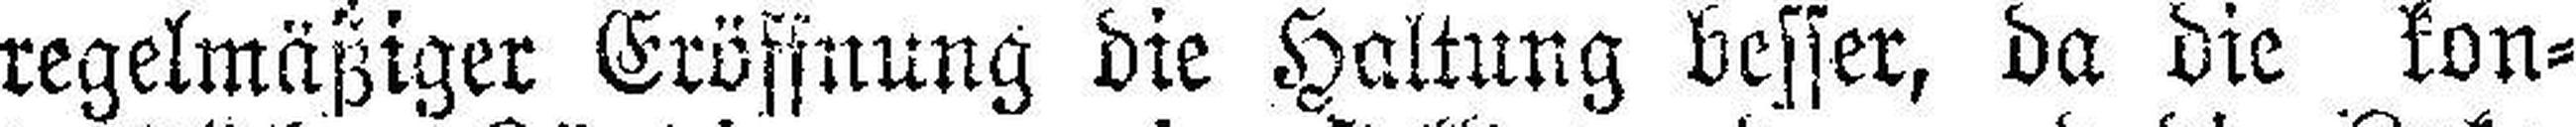
regelmäßiger Eröffnung die Haltung besser, da die kon¬